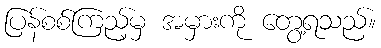
ပြန်စစ်ကြည့်မှ အမှားကို တွေ့ရသည်။